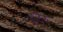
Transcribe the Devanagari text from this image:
हर्टर